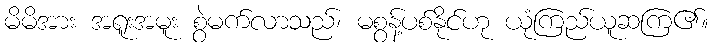
မိမိအား အရူးအမူး စွဲမက်လာသည်၊ မစွန့်ပစ်နိုင်ဟု ယုံကြည်ယူဆကြ၏။